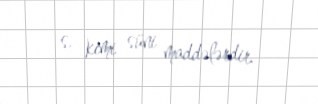
s. kimi süni maddələrdir.